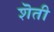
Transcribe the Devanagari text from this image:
शॆती